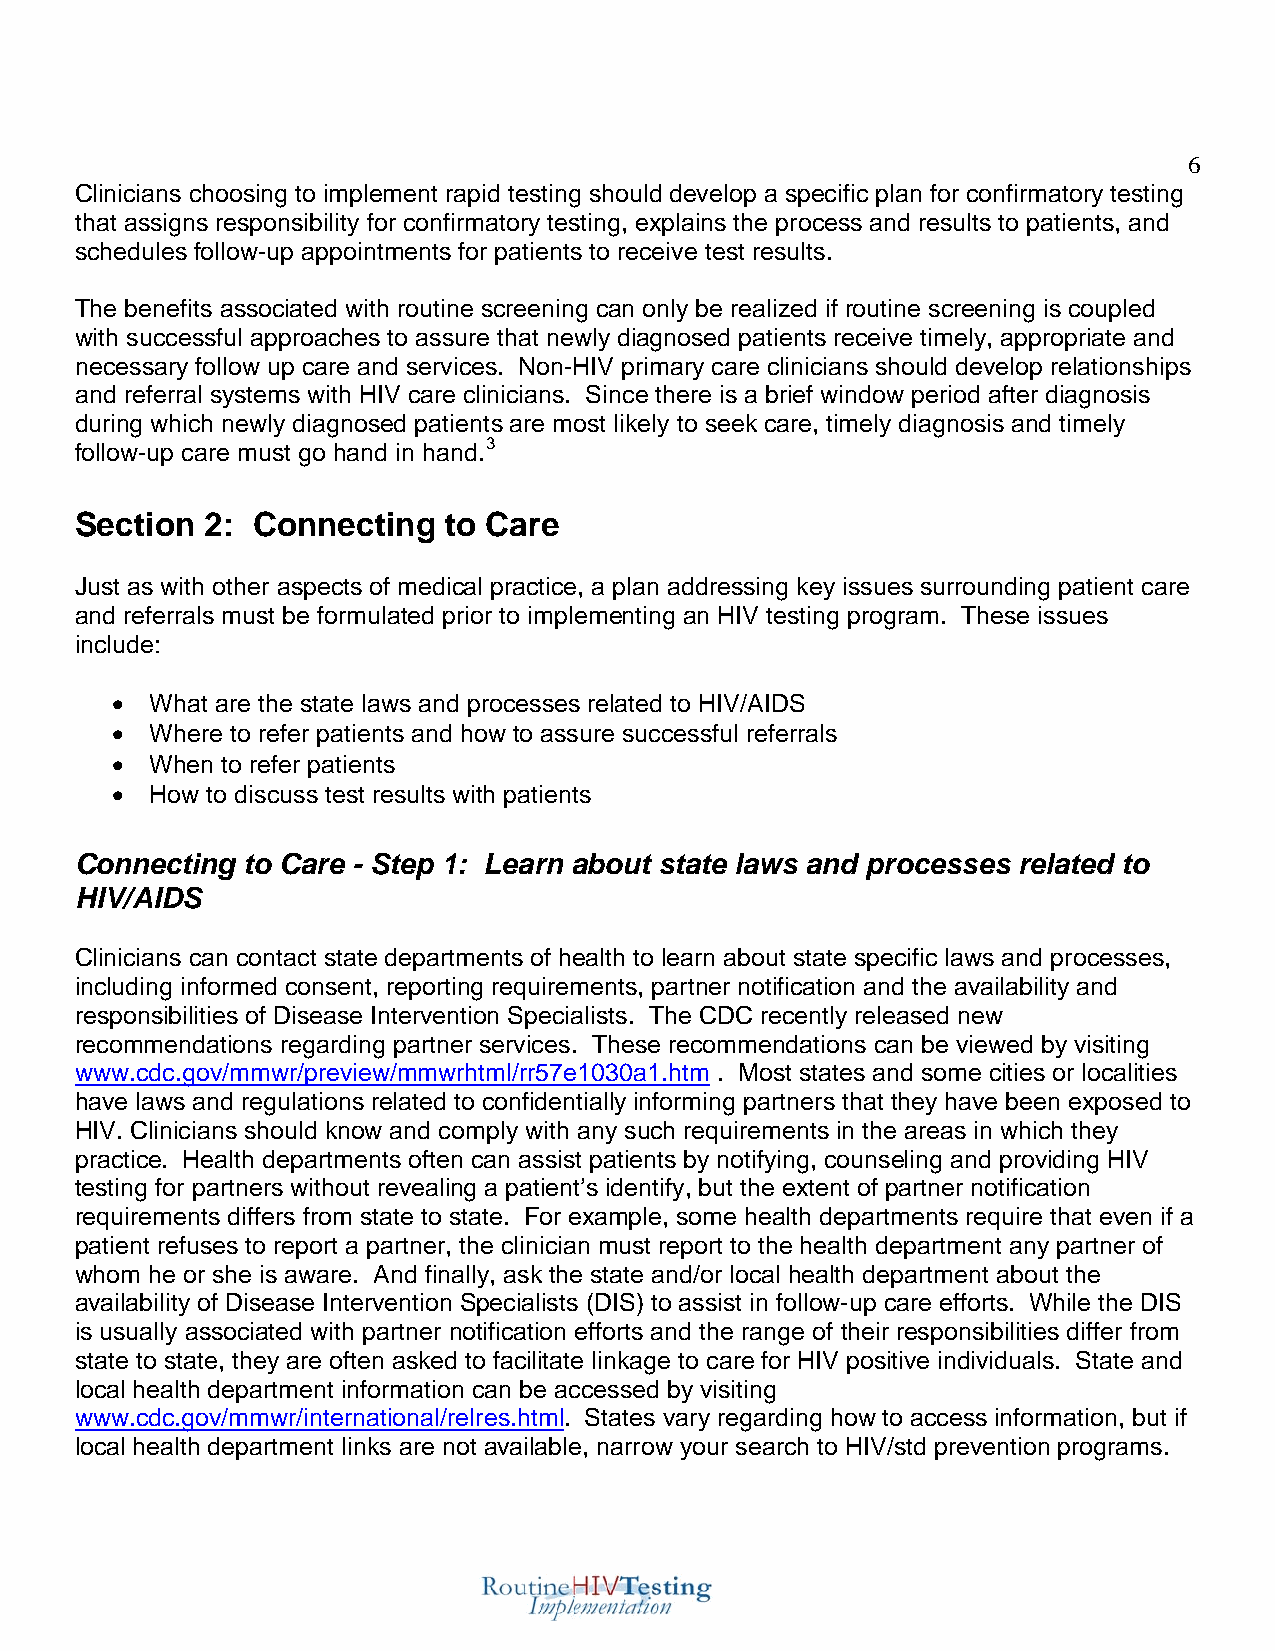
6
 Clinicians choosing to implement rapid testing should develop a specific plan for confirmatory testing
 that assigns responsibility for confirmatory testing, explains the process and results to patients, and
 schedules follow-up appointments for patients to receive test results.
 The benefits associated with routine screening can only be realized if routine screening is coupled
 with successful approaches to assure that newly diagnosed patients receive timely, appropriate and
 necessary follow up care and services. Non-HIV primary care clinicians should develop relationships
 and referral systems with HIV care clinicians. Since there is a brief window period after diagnosis
 during which newly diagnosed patients are most likely to seek care, timely diagnosis and timely
 follow-up care must go hand in hand.3
 Section  2: Connecting  to Care
 Just as with other aspects of medical practice, a plan addressing key issues surrounding patient care
 and referrals must be formulated prior to implementing an HIV testing program. These issues
 include:
 •  What are the state laws and processes related to HIV/AIDS
 •  Where to refer patients and how to assure successful referrals
 •  When to refer patients
 •  How to discuss test results with patients
 Connecting to Care - Step 1: Learn about state laws and processes related to
 HIV/AIDS
 Clinicians can contact state departments of health to learn about state specific laws and processes,
 including informed consent, reporting requirements, partner notification and the availability and
 responsibilities of Disease Intervention Specialists. The CDC recently released new
 recommendations regarding partner services. These recommendations can be viewed by visiting
 www.cdc.gov/mmwr/preview/mmwrhtml/rr57e1030a1.htm . Most states and some cities or localities
 have laws and regulations related to confidentially informing partners that they have been exposed to
 HIV. Clinicians should know and comply with any such requirements in the areas in which they
 practice. Health departments often can assist patients by notifying, counseling and providing HIV
 testing for partners without revealing a patient’s identify, but the extent of partner notification
 requirements differs from state to state. For example, some health departments require that even if a
 patient refuses to report a partner, the clinician must report to the health department any partner of
 whom he or she is aware. And finally, ask the state and/or local health department about the
 availability of Disease Intervention Specialists (DIS) to assist in follow-up care efforts. While the DIS
 is usually associated with partner notification efforts and the range of their responsibilities differ from
 state to state, they are often asked to facilitate linkage to care for HIV positive individuals. State and
 local health department information can be accessed by visiting
 www.cdc.gov/mmwr/international/relres.html. States vary regarding how to access information, but if
 local health department links are not available, narrow your search to HIV/std prevention programs.